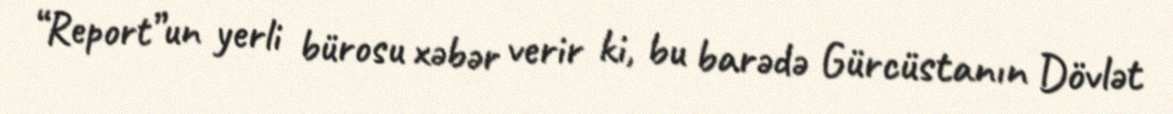
“Report”un yerli bürosu xəbər verir ki, bu barədə Gürcüstanın Dövlət